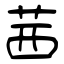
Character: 茜